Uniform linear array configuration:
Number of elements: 32
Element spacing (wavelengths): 1
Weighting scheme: kaiser
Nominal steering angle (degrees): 30
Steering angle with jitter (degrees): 28.319
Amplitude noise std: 0.05
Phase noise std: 0.05

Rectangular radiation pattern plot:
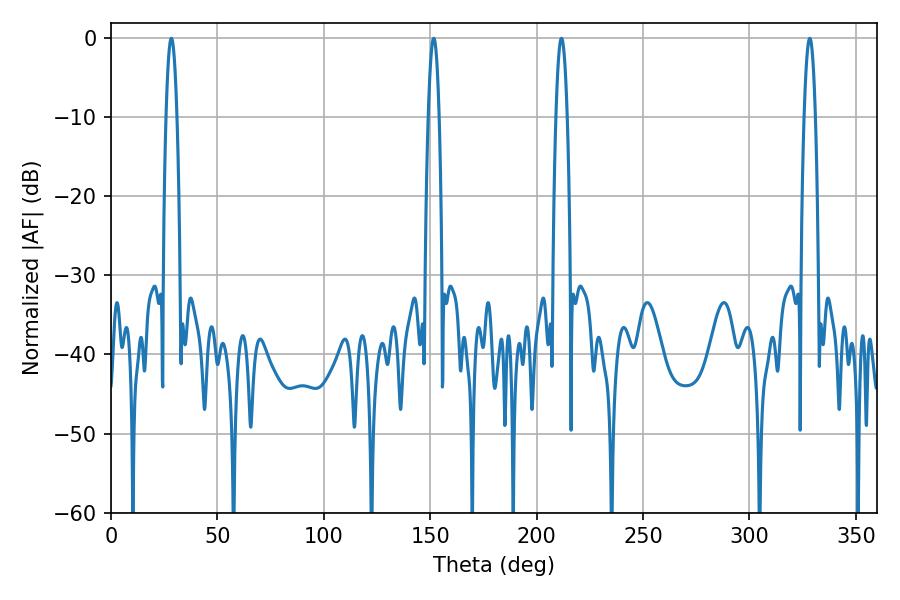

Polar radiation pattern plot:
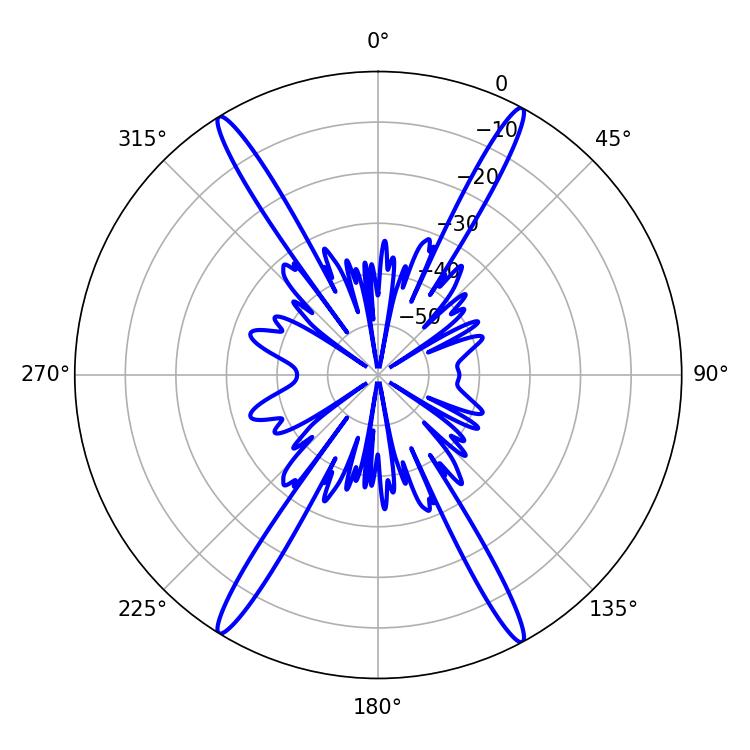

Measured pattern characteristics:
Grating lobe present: TRUE
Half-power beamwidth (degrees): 2.88
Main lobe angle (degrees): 328.32